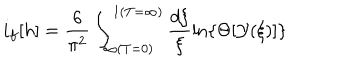
i _ { f } [ h ] = \frac { 6 } { \pi ^ { 2 } } \int _ { \infty ( T = 0 ) } ^ { 1 ( T = \infty ) } \frac { d \xi } { \xi } \ln \left\{ \Theta [ \cal { Y } ( \xi ) ] \right\}